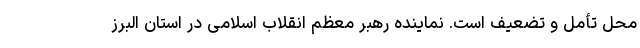
محل تأمل و تضعیف است. نماینده رهبر معظم انقلاب اسلامی در استان البرز